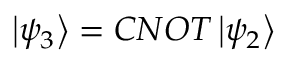
\left| \psi _ { 3 } \right\rangle = { C N O T } \left| \psi _ { 2 } \right\rangle